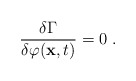
\begin{align*}\frac{\delta \Gamma}{\delta \varphi({\bf x}, t)} = 0 \; .\end{align*}